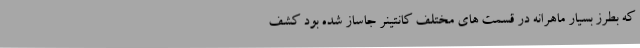
که بطرز بسیار ماهرانه در قسمت های مختلف کانتینر جاساز شده بود کشف